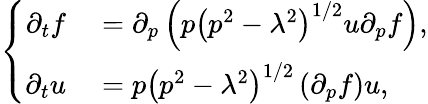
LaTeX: \left\{ \begin{array}{rl}{\partial_{t}f}&{{}=\partial_{p}\left(p\left(p^{2}-\lambda^{2}\right)^{1/2}u\partial_{p}f\right),}\\ {\partial_{t}u}&{{}=p\left(p^{2}-\lambda^{2}\right)^{1/2}\left(\partial_{p}f\right)u,}\end{array}\right.